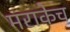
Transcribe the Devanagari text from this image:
मराकेच